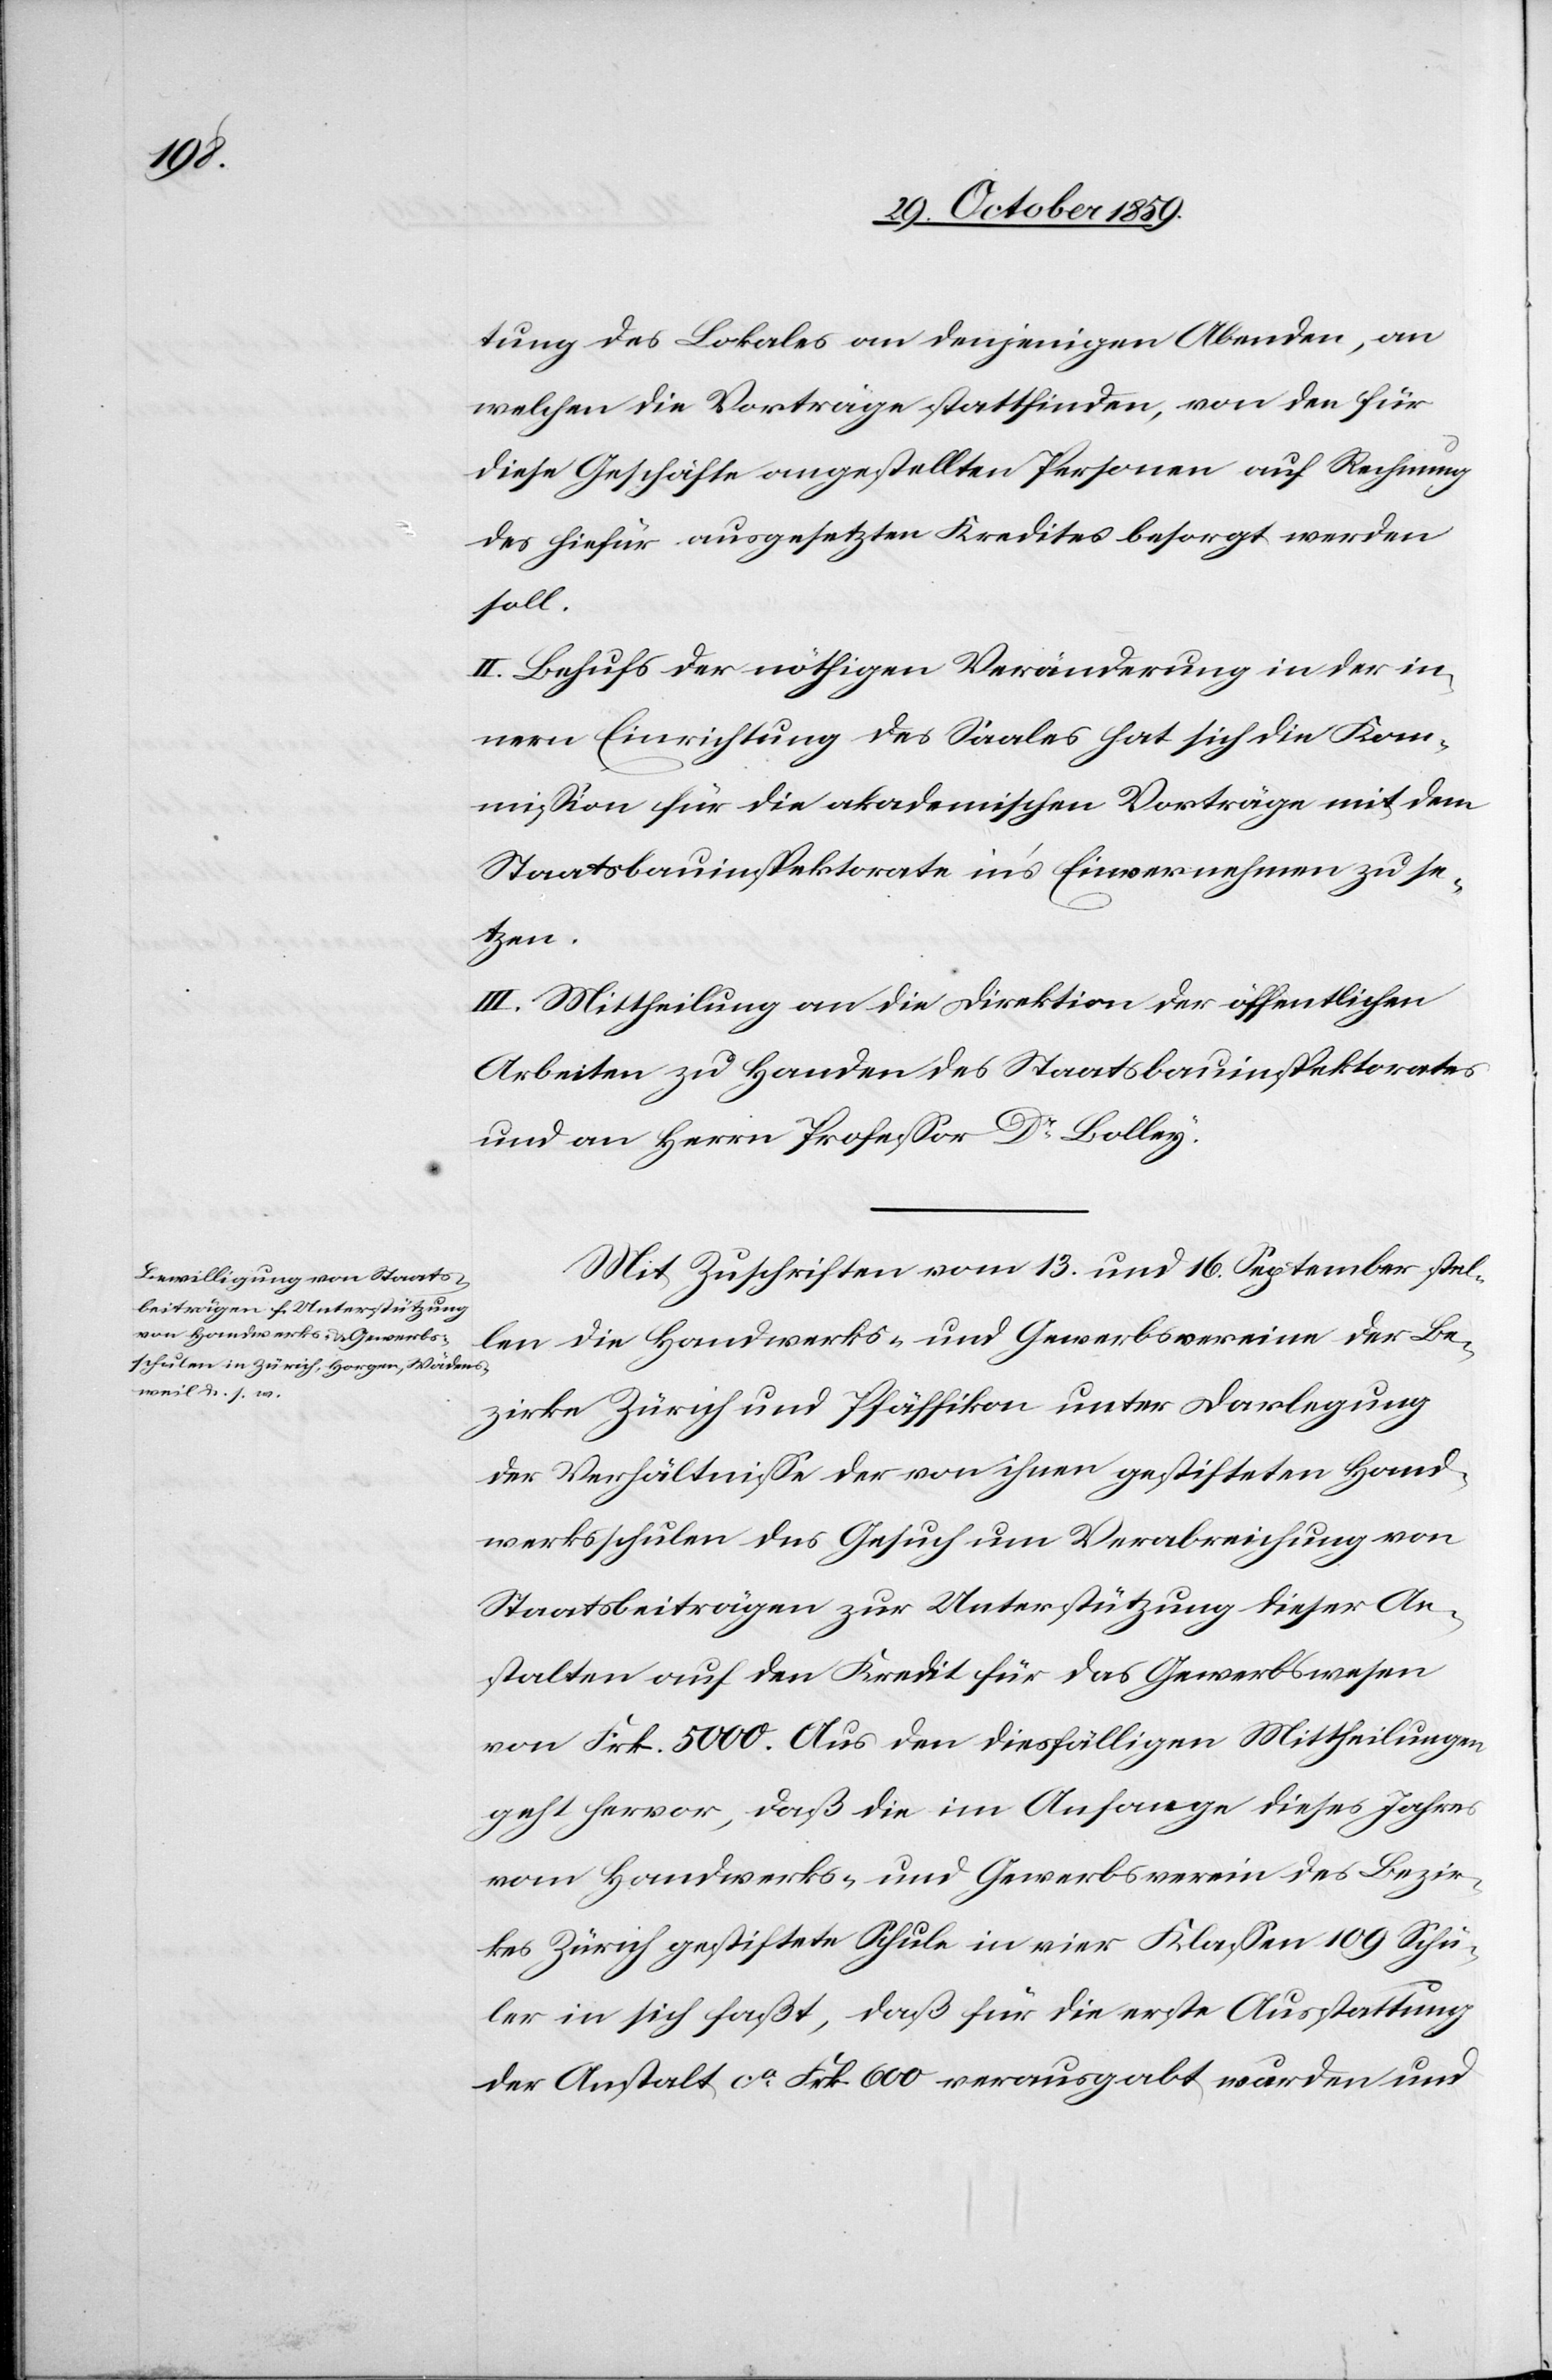
tung des Lokals an denjenigen Abenden, an
welchen die Vorträge stattfinden, von den für
diese Geschäfte angestellten Personen auf Rechnung
des hiefür ausgesetzten Kredites besorgt werden
soll.
II. Behufs der nöthigen Veränderung in der in¬
nern Einrichtung des Saales hat sich die Kom¬
mission für die akademischen Vorträge mit dem
Staatsbauinspektorate in’s Einvernehmen zu se¬
tzen.
III. Mittheilung an die Direktion der öffentlichen
Arbeiten zu Handen des Staatsbauinspektorats
und an Herrn Professor Dr. Bolley.
Mit Zuschriften vom 13. und 16. September stel¬
len die Handwerks- und Gewerbsvereine der Be¬
zirke Zürich und Pfäffikon unter Darlegung
der Verhältnisse der von ihnen gestifteten Hand¬
werksschulen das Gesuch um Verabreichung von
Staatsbeiträgen zur Unterstützung dieser An¬
stalten auf den Kredit für das Gewerbswesen
von Frk. 5000. Aus den dießfälligen Mittheilungen
geht hervor, daß die im Anfange dieses Jahres
vom Handwerks- und Gewerbsvereine des Bezir¬
kes Zürich gestiftete Schule in vier Klassen 109 Schü¬
ler in sich faßt, daß für die erste Ausstattung
der Anstalt ca. Frk. 600 verausgabt wurden und